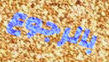
بالرجوع